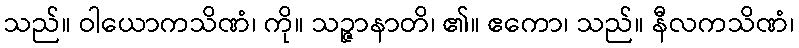
သည်။ ဝါယောကသိဏံ၊ ကို။ သဉ္ဇာနာတိ၊ ၏။ ဧကော၊ သည်။ နီလကသိဏံ၊